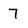
Character: 7